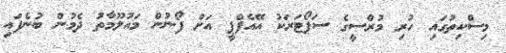
މިސްކިތުގައި ހުރި މުރްސީގެ ސަޕޯޓަރަކު އޭއެފްޕީ އަށް ފޯނުން މައުލޫމާތު ދެމުން ބުނެފައި